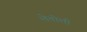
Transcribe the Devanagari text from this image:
लेतोली